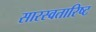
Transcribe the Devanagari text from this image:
सारस्वतारिष्ट